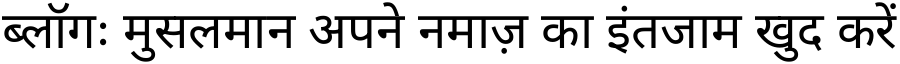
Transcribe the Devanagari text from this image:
ब्लॉगः मुसलमान अपने नमाज़ का इंतजाम खुद करें